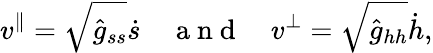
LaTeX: v^{\| }=\sqrt{\hat{g}_{ss}}\dot{s}\quad\mathrm{~a~n~d~}\quad v^{\perp}=\sqrt{\hat{g}_{hh}}\dot{h},